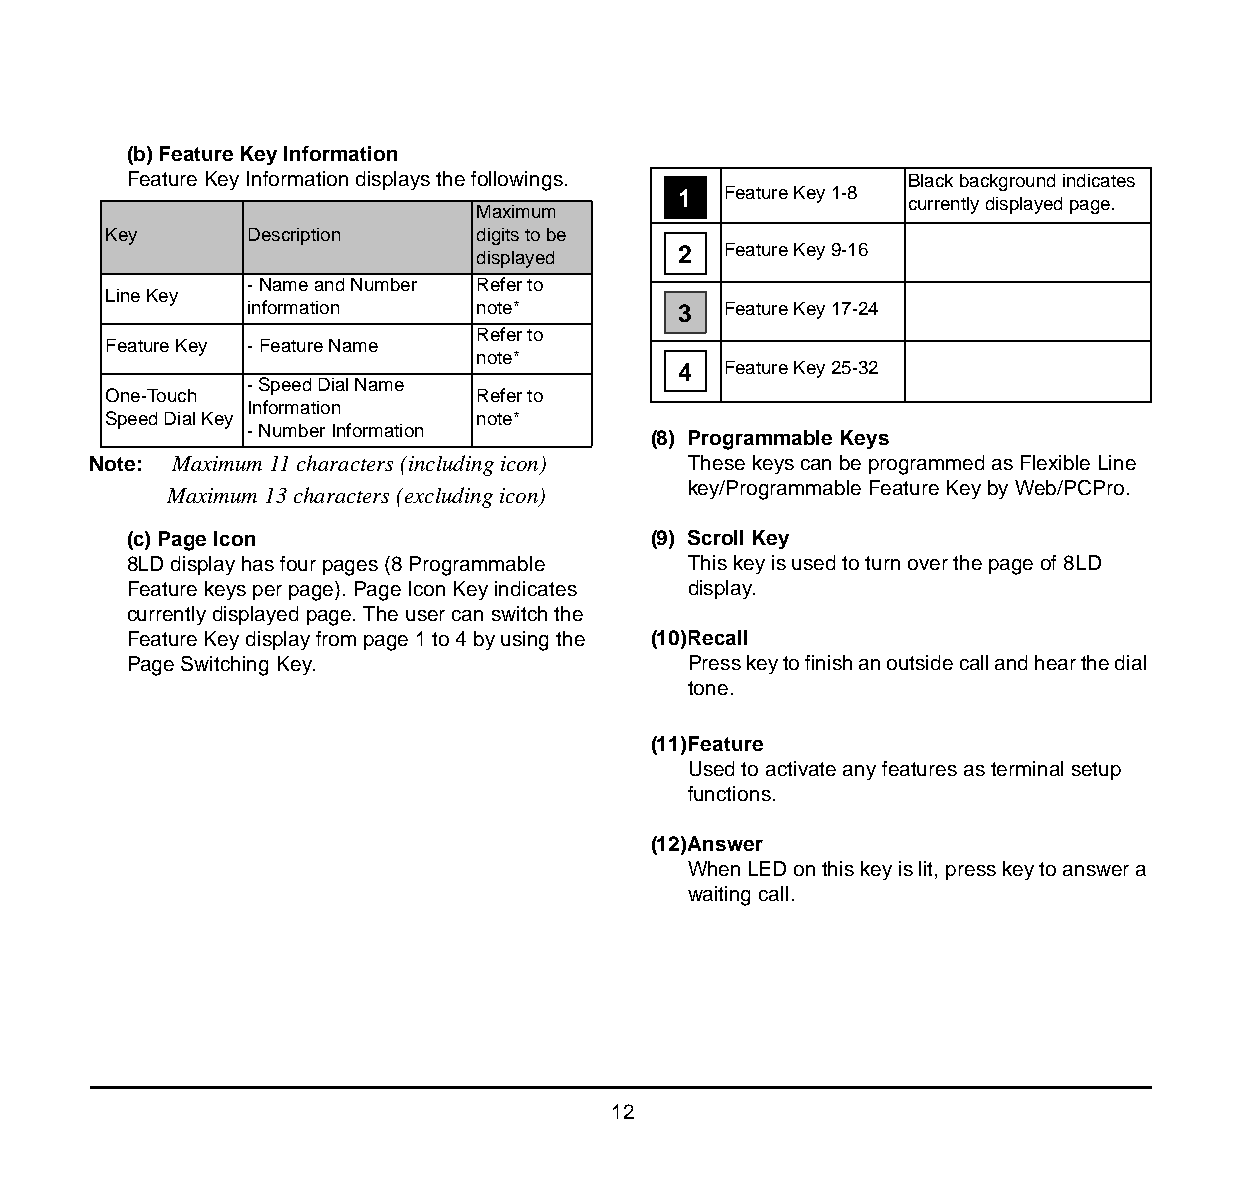
1.
 (b) Feature Key Information
 Feature Key Information displays the followings.    Black background indicates
 1  Feature Key 1-8
 currently displayed page.
 Maximum
 Key       Description    digits to be
 displayed    2  Feature Key 9-16
 - Name and Number Refer to
 Line Key
 information    note*        3  Feature Key 17-24
 Refer to
 Feature Key - Feature Name
 note*
 4  Feature Key 25-32
 - Speed Dial Name
 One-Touch                Refer to
 Information
 Speed Dial Key           note*
 - Number Information
 (8) Programmable Keys
 Note: Maximum 11 characters (including icon) These keys can be programmed as Flexible Line
 Maximum 13 characters (excluding icon) key/Programmable Feature Key by Web/PCPro.
 (c) Page Icon                      (9) Scroll Key
 8LD display has four pages (8 Programmable This key is used to turn over the page of 8LD
 Feature keys per page). Page Icon Key indicates display.
 currently displayed page. The user can switch the
 Feature Key display from page 1 to 4 by using the (10)Recall
 Page Switching Key.                  Press key to finish an outside call and hear the dial
 tone.
 (11)Feature
 Used to activate any features as terminal setup
 functions.
 (12)Answer
 When LED on this key is lit, press key to answer a
 waiting call.
 12